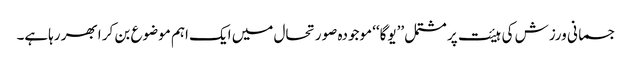
جسمانی ورزش کی ہیئت پر مشتمل ’’یوگا‘‘ موجودہ صورتحال میں ایک اہم موضوع بن کر ابھر رہاہے۔